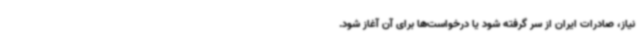
نیاز، صادرات ایران از سر گرفته شود یا درخواست‌ها برای آن آغاز شود.